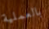
بالعملية